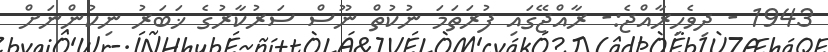
1943 - ދިވެހިރާއްޖެ:- ރާއްޖޭގައި ފުރަތަމަ ނުކުތް ނޫސް ސަރުކާރުގެ ޚަބަރު ނިކުންނަށް